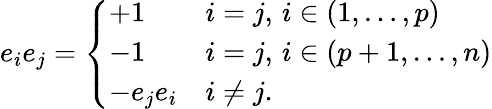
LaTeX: e_{i}e_{j}={\left\{ \begin{array}{ll}{+1}&{i=j,\, i\in(1,\ldots,p)}\\ {-1}&{i=j,\, i\in(p+1,\ldots,n)}\\ {-e_{j}e_{i}}&{i\neq j.}\end{array}\right.}